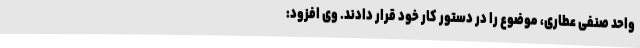
واحد صنفی عطاری، موضوع را در دستور کار خود قرار دادند. وی افزود: